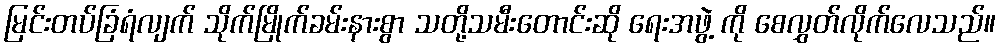
မြင်းတပ်ခြံရံလျက် သိုက်မြိုက်ခမ်းနားစွာ သတို့သမီးတောင်းဆို ရေးအဖွဲ့ ကို စေလွှတ်လိုက်လေသည်။